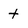
Character: t